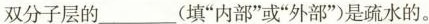
双分子层的___(填”内部”或”外部”)是疏水的。